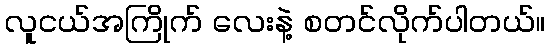
လူငယ်အကြိုက် လေးနဲ့ စတင်လိုက်ပါတယ်။